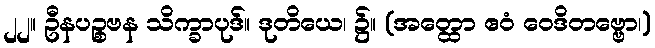
၂၂။ ဦနပဉ္စဗန သိက္ခာပုဒ်။ ဒုတိယေ၊ ၌။ (အတ္ထော ဧဝံ ဝေဒိတဗ္ဗော၊)